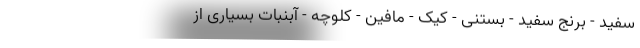
سفید - برنج سفید - بستنی - کیک - مافین - کلوچه - آبنبات بسیاری از